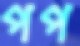
পপ